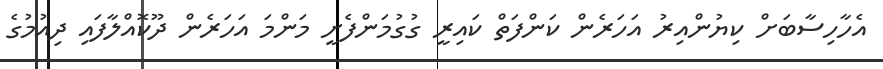
އެހާހިސާބަށް ކިޔުންއިރު އަހަރެން ކަންފަތް ކައިރީ ގުގުމަންފެށީ މަންމަ އަހަރެން ދޫކޮއްލާފައި ދިއުމުގެ